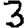
Digit: 3